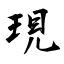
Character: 現